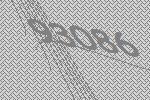
93086